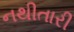
નથીતારી